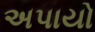
અપાયો